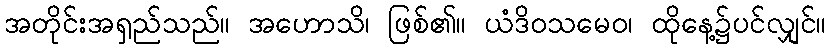
အတိုင်းအရှည်သည်။ အဟောသိ၊ ဖြစ်၏။ ယံဒိဝသမေဝ၊ ထိုနေ့၌ပင်လျှင်။